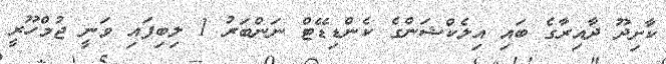
ކާށިދޫ ދާއިރާގެ ބައި އިލެކްޝަންގެ ކެންޑިޑޭޓް ނަންބަރު 1 ލިބިފައި ވަނީ ޖުމްހޫރީ